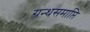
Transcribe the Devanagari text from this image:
ग्रन्थसमाप्ति